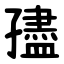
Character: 孻